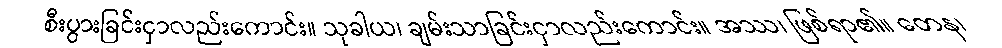
စီးပွားခြင်းငှာလည်းကောင်း။ သုခါယ၊ ချမ်းသာခြင်းငှာလည်းကောင်း။ အဿ၊ ဖြစ်ရာ၏။ တေန၊